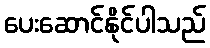
ပေးဆောင်နိုင်ပါသည်